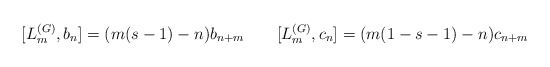
\begin{align*}[L^{(G)}_m,b_n]=(m(s-1)-n)b_{n+m} \qquad [L^{(G)}_m,c_n]=(m(1-s-1)-n)c_{n+m}\end{align*}